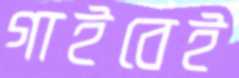
গাইবেই